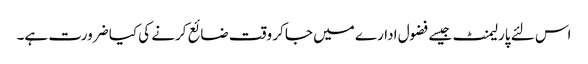
اس لئے پارلیمنٹ جیسے فضول ادارے میں جا کر وقت ضائع کرنے کی کیا ضرورت ہے۔